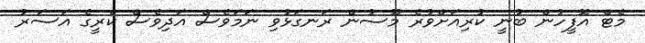
މެޓް އޮފީހުން ބުނީ ކުރިއަށްވުރެ މޫސުން ރަނގަޅުވި ނަމަވެސް އަދިވެސް ކެރީގެ އަސަރު